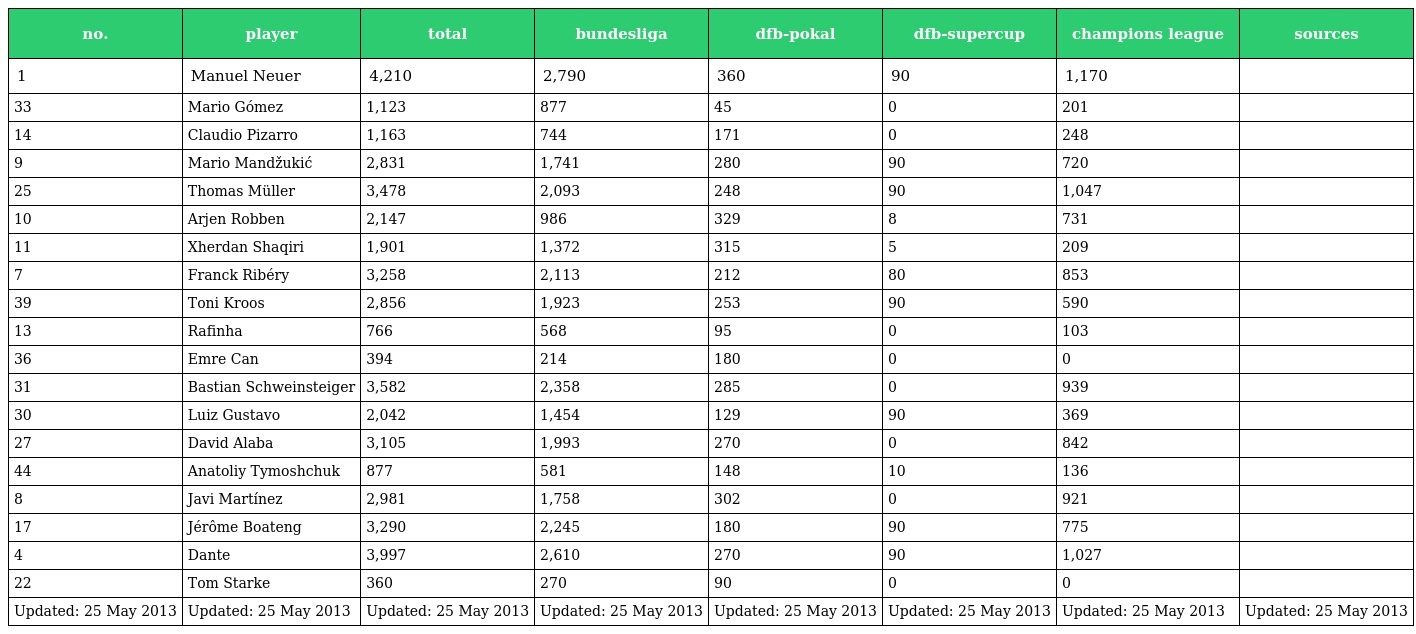
| no. | player | total | bundesliga | dfb-pokal | dfb-supercup | champions league | sources |
 | --- | --- | --- | --- | --- | --- | --- | --- |
 | 1 | Manuel Neuer | 4,210 | 2,790 | 360 | 90 | 1,170 |  |
 | 33 | Mario Gómez | 1,123 | 877 | 45 | 0 | 201 |  |
 | 14 | Claudio Pizarro | 1,163 | 744 | 171 | 0 | 248 |  |
 | 9 | Mario Mandžukić | 2,831 | 1,741 | 280 | 90 | 720 |  |
 | 25 | Thomas Müller | 3,478 | 2,093 | 248 | 90 | 1,047 |  |
 | 10 | Arjen Robben | 2,147 | 986 | 329 | 8 | 731 |  |
 | 11 | Xherdan Shaqiri | 1,901 | 1,372 | 315 | 5 | 209 |  |
 | 7 | Franck Ribéry | 3,258 | 2,113 | 212 | 80 | 853 |  |
 | 39 | Toni Kroos | 2,856 | 1,923 | 253 | 90 | 590 |  |
 | 13 | Rafinha | 766 | 568 | 95 | 0 | 103 |  |
 | 36 | Emre Can | 394 | 214 | 180 | 0 | 0 |  |
 | 31 | Bastian Schweinsteiger | 3,582 | 2,358 | 285 | 0 | 939 |  |
 | 30 | Luiz Gustavo | 2,042 | 1,454 | 129 | 90 | 369 |  |
 | 27 | David Alaba | 3,105 | 1,993 | 270 | 0 | 842 |  |
 | 44 | Anatoliy Tymoshchuk | 877 | 581 | 148 | 10 | 136 |  |
 | 8 | Javi Martínez | 2,981 | 1,758 | 302 | 0 | 921 |  |
 | 17 | Jérôme Boateng | 3,290 | 2,245 | 180 | 90 | 775 |  |
 | 4 | Dante | 3,997 | 2,610 | 270 | 90 | 1,027 |  |
 | 22 | Tom Starke | 360 | 270 | 90 | 0 | 0 |  |
 | Updated: 25 May 2013 | Updated: 25 May 2013 | Updated: 25 May 2013 | Updated: 25 May 2013 | Updated: 25 May 2013 | Updated: 25 May 2013 | Updated: 25 May 2013 | Updated: 25 May 2013 |